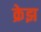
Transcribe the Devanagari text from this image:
क्रेझ